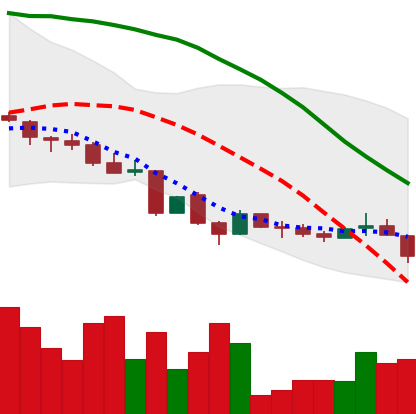
Ticker: LINK-USD
Chart end date: 2018-06-22
Forward return: -7.574%
Label: down_7plus